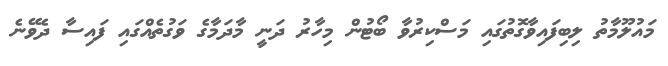
މައުލޫމާތު ލިބިފައިވާގޮތުގައި މަސްކިރުވާ ބޯޓުން މިހާރު ދަނީ މާދަމާގެ ވަގުތެއްގައި ފައިސާ ދެވޭނެ